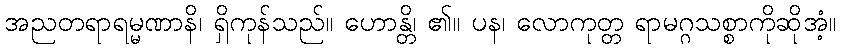
အညတရာရမ္မဏာနိ၊ ရှိကုန်သည်။ ဟောန္တိ၊ ၏။ ပန၊ လောကုတ္တ ရာမဂ္ဂသစ္စာကိုဆိုအံ့။